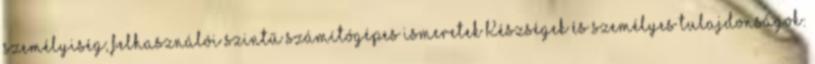
személyiség; felhasználói szintű számítógépes ismeretek Készségek és személyes tulajdonságok: